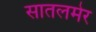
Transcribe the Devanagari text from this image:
सातलमेर